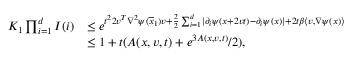
\begin{array} { r l } { K _ { 1 } \prod _ { i = 1 } ^ { d } I ( i ) } & { \leq e ^ { t ^ { 2 } 2 v ^ { T } \nabla ^ { 2 } \psi ( \overline { { x } } _ { 1 } ) v + \frac { 2 } { 2 } \sum _ { i = 1 } ^ { d } \lvert \partial _ { i } \psi ( x + 2 v t ) - \partial _ { i } \psi ( x ) \rvert + 2 t \beta \langle v , \nabla \psi ( x ) \rangle } } \\ & { \leq 1 + t ( A ( x , v , t ) + e ^ { 3 A ( x , v , t ) } / 2 ) , } \end{array}